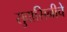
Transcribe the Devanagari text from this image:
सुवासिनीचे